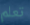
تعلم